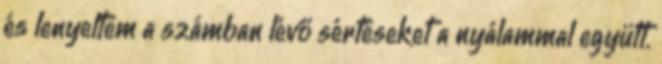
és lenyeltem a számban lévő sértéseket a nyálammal együtt.